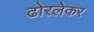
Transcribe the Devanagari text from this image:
ढोरलेकर